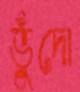
ভুঁদো